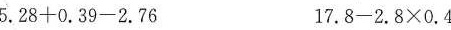
5.28+0.39-2.76 17.8-2.8×0.4